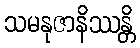
သမနုဇာနိဿန္တိ